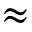
\approx